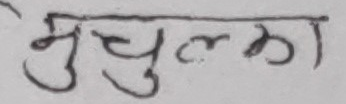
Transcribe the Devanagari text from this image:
मुचुल्का